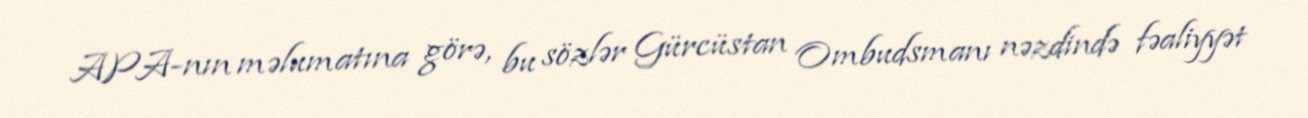
APA-nın məlumatına görə, bu sözlər Gürcüstan Ombudsmanı nəzdində fəaliyyət